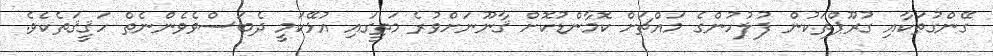
ގޭންގުތަކާއި ގުރޫޕްތަކުން ފުލުހުންގެ މައްޗަށް ކޮމާންޑުކޮށް ޤާނޫނަށްވުރެ މަތީގައި އުޅޭކަމީ ދެބަސްވެވެންނެތް ހަޤީޤަތެކެވެ.